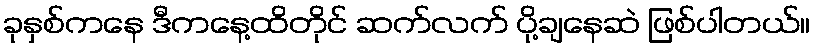
ခုနှစ်ကနေ ဒီကနေ့ထိတိုင် ဆက်လက် ပို့ချနေဆဲ ဖြစ်ပါတယ်။